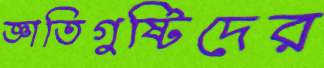
জ্ঞাতিগুষ্টিদের